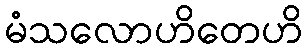
မံသလောဟိတေဟိ